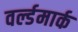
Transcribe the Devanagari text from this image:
वर्ल्डमार्क